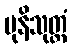
မုနိသုတ္တံ